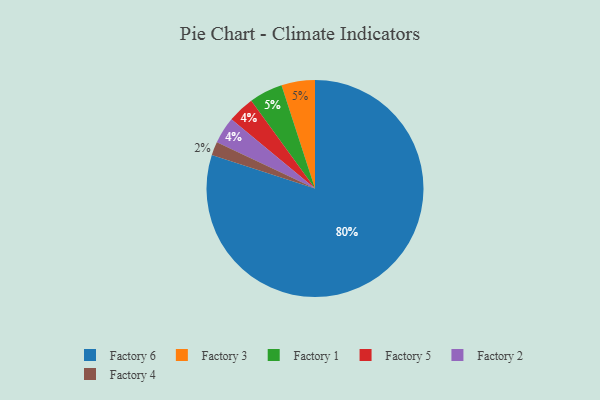
{"axis": {"x": "Category", "y": "Percentage"}, "legend": ["Factory 1", "Factory 2", "Factory 3", "Factory 4", "Factory 5", "Factory 6"], "data": [{"x": "Factory 6", "y": 80, "type": "Factory 6"}, {"x": "Factory 5", "y": 4, "type": "Factory 5"}, {"x": "Factory 4", "y": 2, "type": "Factory 4"}, {"x": "Factory 2", "y": 4, "type": "Factory 2"}, {"x": "Factory 3", "y": 5, "type": "Factory 3"}, {"x": "Factory 1", "y": 5, "type": "Factory 1"}]}